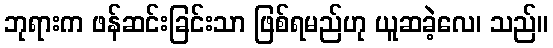
ဘုရားက ဖန်ဆင်းခြင်းသာ ဖြစ်ရမည်ဟု ယူဆခဲ့လေ၊ သည်။